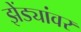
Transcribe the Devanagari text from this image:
झेंड्यांवर